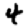
Digit: 4